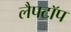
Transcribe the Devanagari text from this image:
लैपटाॅप